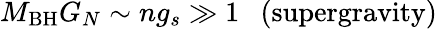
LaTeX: M_{\mathrm{BH}}G_{N}\sim ng_{s}\gg 1\ \ \ \mathrm{(supergravity)}